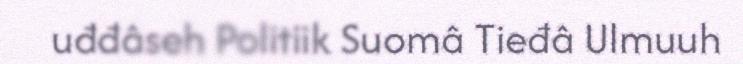
uđđâseh Politiik Suomâ Tieđâ Ulmuuh